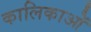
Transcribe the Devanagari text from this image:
कालिकाओं